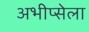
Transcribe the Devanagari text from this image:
अभीप्सेला